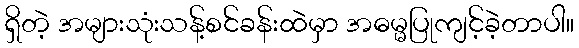
ရှိတဲ့ အများသုံးသန့်စင်ခန်းထဲမှာ အဓမ္မပြုကျင့်ခဲ့တာပါ။